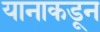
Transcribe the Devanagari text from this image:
यानाकडून